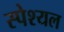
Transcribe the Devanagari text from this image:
स्पेश्यल